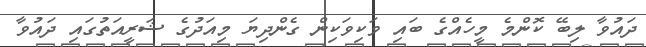
ދައުވާ ލިބޭ ކޮންމެ މީހެއްގެ ބައި ވަކިވަކިން ގެންދިޔަ މިއަދުގެ ޝަރީއަތުގައި ދައުވާ